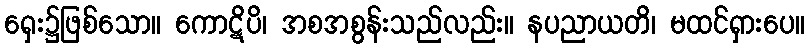
ရှေး၌ဖြစ်သော။ ကောဋိပိ၊ အစအစွန်းသည်လည်း။ နပညာယတိ၊ မထင်ရှားပေ။